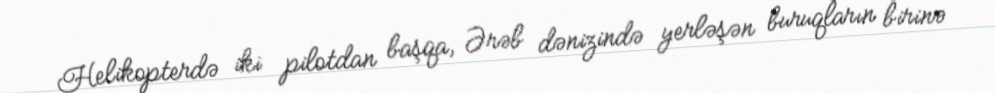
Helikopterdə iki pilotdan başqa, Ərəb dənizində yerləşən buruqların birinə